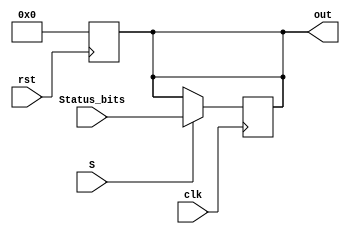
`timescale 1ns/1ns
module StatusRegister(rst, clk, S, Status_bits, out);
  input rst, clk, S;
  input[3:0] Status_bits;
  output reg[3:0] out;
  
  always@(posedge rst)
    out <= 4'b0;
  always@(negedge clk) begin
    if(S)
      out <= Status_bits;
  end
endmodule